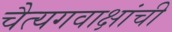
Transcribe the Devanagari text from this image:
चैत्यगवाक्षांची